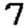
Digit: 7